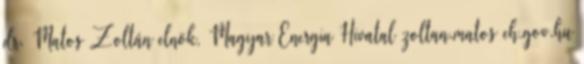
dr. Matos Zoltán elnök, Magyar Energia Hivatal zoltan.matos eh.gov.hu